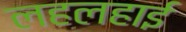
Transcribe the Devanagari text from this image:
लहलहाई